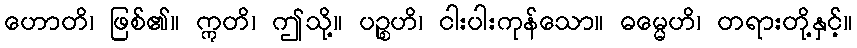
ဟောတိ၊ ဖြစ်၏။ ဣတိ၊ ဤသို့။ ပဉ္စဟိ၊ ငါးပါးကုန်သော။ ဓမ္မေဟိ၊ တရားတို့နှင့်။